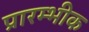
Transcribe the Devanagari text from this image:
प्रारम्भीक